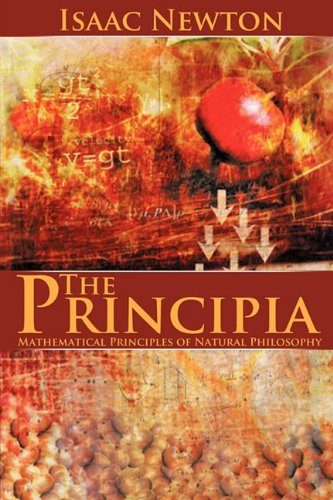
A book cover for The Principia: Mathematical Principles of Natural Philosophy; Isaac Newton; Science & Math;